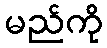
မည်ကို